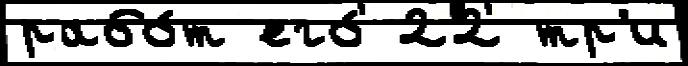
рабо́т его́ 22 тр'и